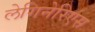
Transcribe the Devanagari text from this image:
लेगिनेरिएस